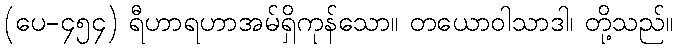
(ပေ-၄၅၄) ရီဟာရဟာအမ်ရှိကုန်သော။ တယောဝါသာဒါ၊ တို့သည်။